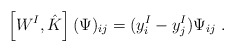
\begin{align*}\left[W^I,\hat{K}\right](\Psi)_{ij}=(y_i^I-y^I_j)\Psi_{ij} \ .\end{align*}